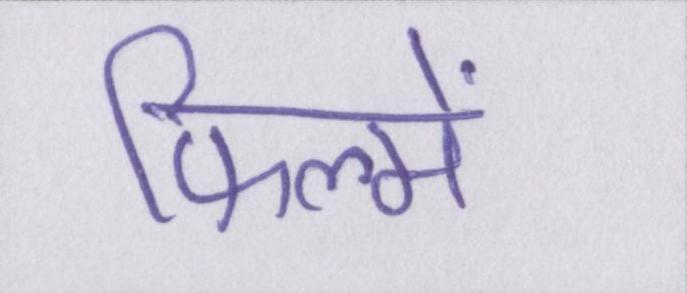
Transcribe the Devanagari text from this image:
फिल्में